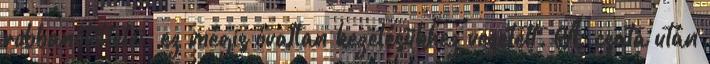
robbanótöltetei, ez mégis óvatlan kezelésükhez vezetett. A csata után